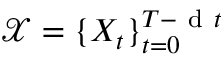
\mathcal { X } = \{ X _ { t } \} _ { t = 0 } ^ { T - \mathrm { ~ d ~ } t }